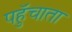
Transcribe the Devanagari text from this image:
पहुॅचाता